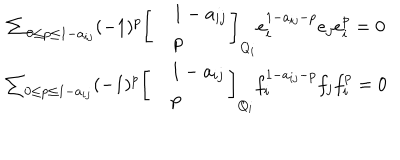
LaTeX: \begin{array} { c } { { \sum _ { 0 \le p \le 1 - a _ { i j } } ( - 1 ) ^ { p } \left[ \begin{array} { c l c r } { { } } & { { 1 - a _ { i j } } } \\ { { } } & { { p } } \\ \end{array} \right] _ { Q _ { i } } e _ { i } ^ { 1 - a _ { i j } - p } e _ { j } e _ { i } ^ { p } = 0 } } \\ { { \sum _ { 0 \le p \le 1 - a _ { i j } } ( - 1 ) ^ { p } \left[ \begin{array} { c l c r } { { } } & { { 1 - a _ { i j } } } \\ { { } } & { { p } } \\ \end{array} \right] _ { Q _ { i } } f _ { i } ^ { 1 - a _ { i j } - p } f _ { j } f _ { i } ^ { p } = 0 } } \\ \end{array}